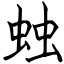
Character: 䖵